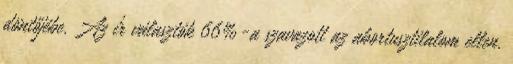
döntőjébe. Az ír választók 66%-a szavazott az abortusztilalom ellen.